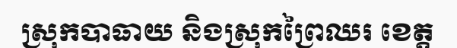
ស្រុកបាធាយ និងស្រុកព្រៃឈរ ខេត្ត